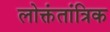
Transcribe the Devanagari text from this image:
लोक्तंतांत्रिक